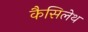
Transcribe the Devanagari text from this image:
कैसिलेथ